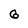
Character: 6